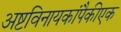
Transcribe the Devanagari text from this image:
अष्टविनायकांपैकीएक